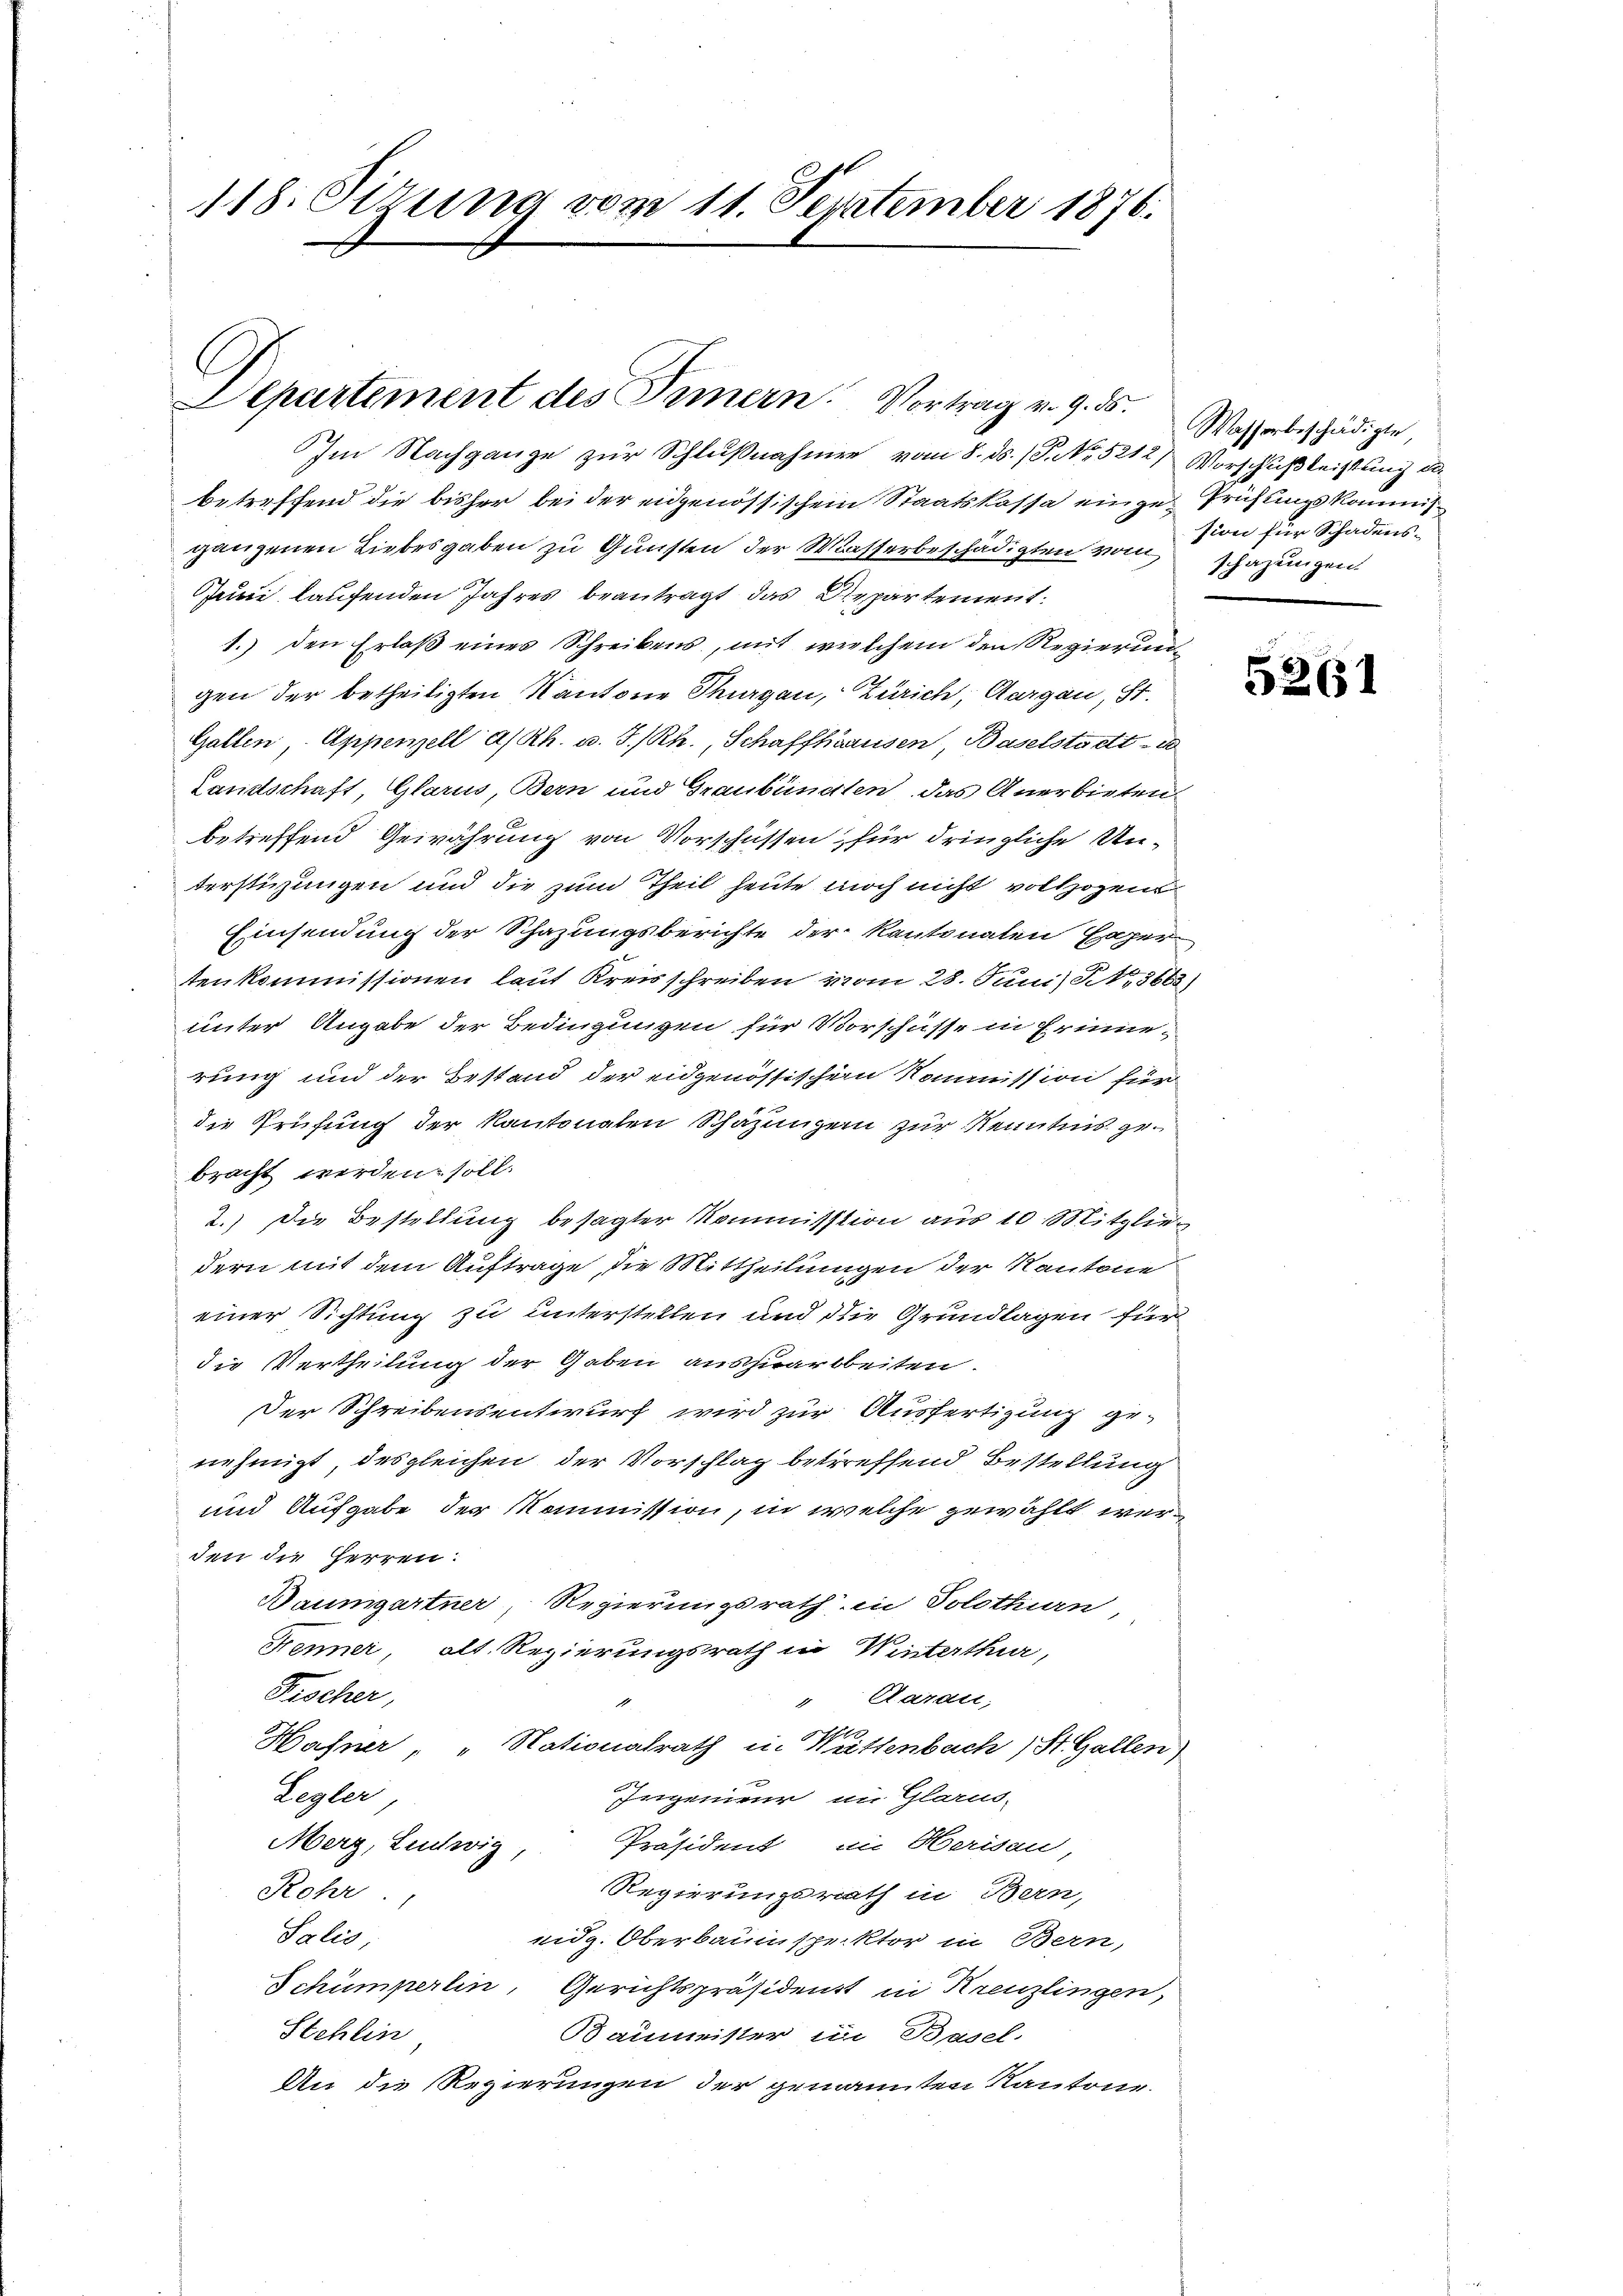
118. Sizung vom 11. September 1876.

Departement des Fennern. Vortrag v. 9. ds.

Im Nachgange zur Schlußnahmen vom 8. ds. (T. No. 5212) Vorschluß leistung de
betreffend die bisher bei der eidgenössischem Staatskassa einge Prüfungskommis
ganzenen Liebesgaben zu Gunsten der Wasserbeschädigten vol
Juni laufenden Jahres beantragt, das Departement
1.) den Erlaß eines Schreibens, mit welchem den Regierung
gen der betheiligten Kantone Thurgau, Zürich, Aargau, St.
Gallen, Appenzell a/Rh. u. 3./Rh., Schaffhausen, Baselstadt
Landschaft, Glarus, Bern und Graubünden das Anerbieten
betreffend Gewährung von Vorschüssen, für dringliche Un-
terstigungen und die zum Theil heute noch nicht vollzogen
Einsendung der Schazungsberichte der Kantonalen Expertenkommissionen laut Kreisschreiben vom 28. Juni) S. 3668
unter Angabe der Bedingungen für Vorschüsse in Erinnerung und der Bestand der eidgenössischen Kommission für
die Prüfung der Kantonalen Schazungen zur Kenntnis gebracht werden soll.
2.) Die Bestellung besagter Kommission aus 10 Mitgliedern mit dem Auftrage, die Mittheilungen der Kantone
einer Sichtung zu unterstellen und die Grundlagen für
die Vertheilung der Gaben auszuarbeiten.
Der Schreibensentwurf wird zur Ausfertigung ge-
nehmigt, desgleichen der Vorschlag betreffend Bestellung
und Aufgabe der Kommission, in welche gewählt werden die Herren:
Baumgartner, Regierungsrath in Solothurn
Fenner, alt. Regierungsrath in Winterthur,
Fischer,
" Sardi,
Hafner, „Nationalrath in Wettenbach, St. Gallen
Legler
Ingenieur in Glarus-
Merz, Ludwig,
Präsident, im Herisaul,
Rohr.
Regierungsrath in Bern,
Salis,
eidg. Oberbauinspektor in Bern,
Schümperlin, Gerichtspräsidenst in Kreuzlingen,
Stehlin
Baumeister in Basel.
An die Regierungen der gemannten Kantone.

Wasserbeschädigte,
sion für Schadens-
schazungen.

5261